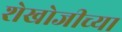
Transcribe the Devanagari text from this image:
शेखोजीच्या